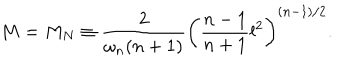
M = M _ { N } \equiv \frac { 2 } { \omega _ { n } ( n + 1 ) } \left( \frac { n - 1 } { n + 1 } l ^ { 2 } \right) ^ { ( n - 1 ) / 2 } .